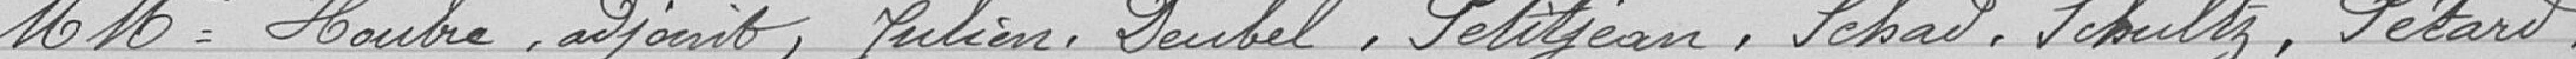
MMrs Houbre, adjoint, Julien, Deubel, Petitjean, Schad, Schultz, Pétard,